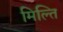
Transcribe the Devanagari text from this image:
मिल्ति